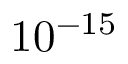
1 0 ^ { - 1 5 }